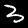
Label: 3